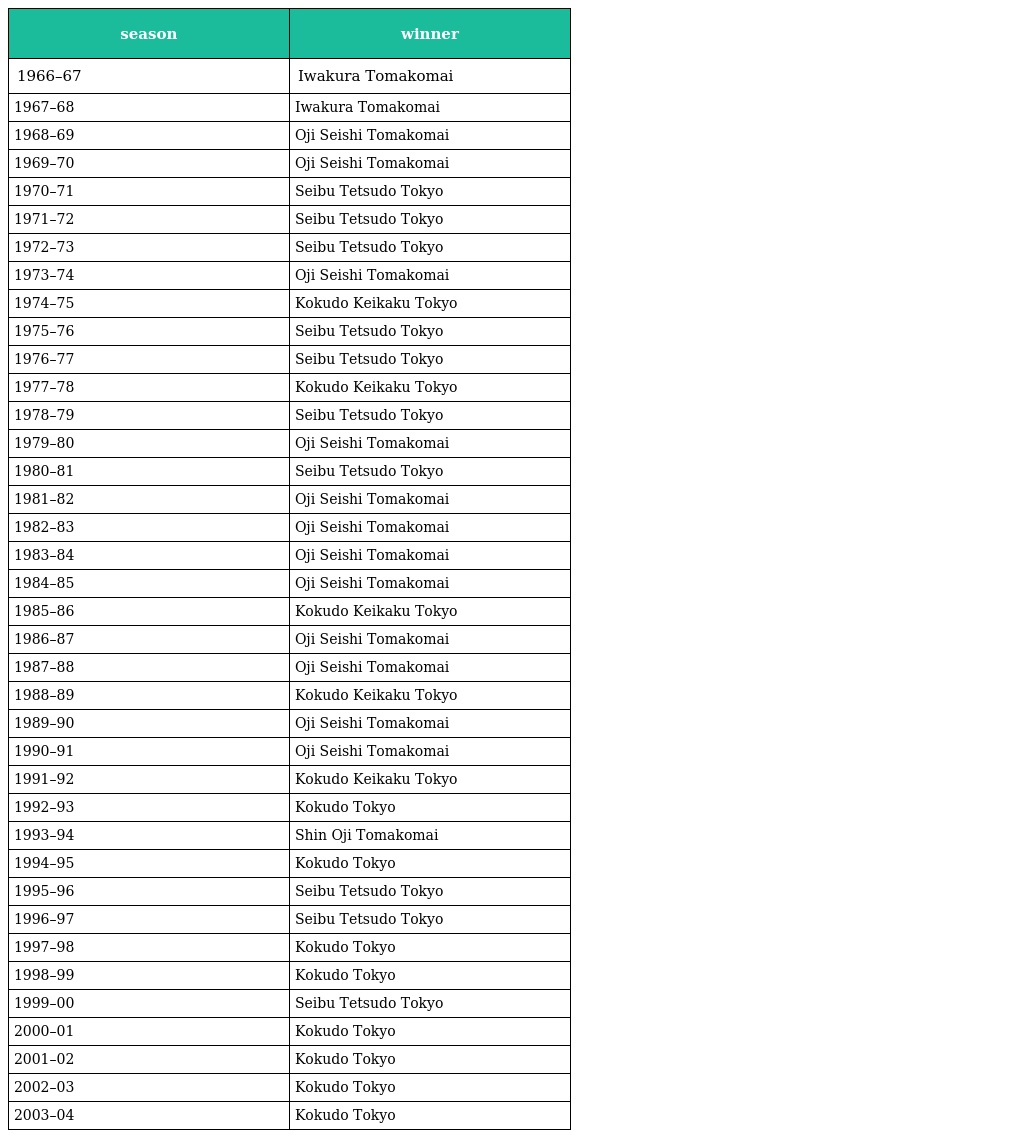
| season | winner |
 | --- | --- |
 | 1966–67 | Iwakura Tomakomai |
 | 1967–68 | Iwakura Tomakomai |
 | 1968–69 | Oji Seishi Tomakomai |
 | 1969–70 | Oji Seishi Tomakomai |
 | 1970–71 | Seibu Tetsudo Tokyo |
 | 1971–72 | Seibu Tetsudo Tokyo |
 | 1972–73 | Seibu Tetsudo Tokyo |
 | 1973–74 | Oji Seishi Tomakomai |
 | 1974–75 | Kokudo Keikaku Tokyo |
 | 1975–76 | Seibu Tetsudo Tokyo |
 | 1976–77 | Seibu Tetsudo Tokyo |
 | 1977–78 | Kokudo Keikaku Tokyo |
 | 1978–79 | Seibu Tetsudo Tokyo |
 | 1979–80 | Oji Seishi Tomakomai |
 | 1980–81 | Seibu Tetsudo Tokyo |
 | 1981–82 | Oji Seishi Tomakomai |
 | 1982–83 | Oji Seishi Tomakomai |
 | 1983–84 | Oji Seishi Tomakomai |
 | 1984–85 | Oji Seishi Tomakomai |
 | 1985–86 | Kokudo Keikaku Tokyo |
 | 1986–87 | Oji Seishi Tomakomai |
 | 1987–88 | Oji Seishi Tomakomai |
 | 1988–89 | Kokudo Keikaku Tokyo |
 | 1989–90 | Oji Seishi Tomakomai |
 | 1990–91 | Oji Seishi Tomakomai |
 | 1991–92 | Kokudo Keikaku Tokyo |
 | 1992–93 | Kokudo Tokyo |
 | 1993–94 | Shin Oji Tomakomai |
 | 1994–95 | Kokudo Tokyo |
 | 1995–96 | Seibu Tetsudo Tokyo |
 | 1996–97 | Seibu Tetsudo Tokyo |
 | 1997–98 | Kokudo Tokyo |
 | 1998–99 | Kokudo Tokyo |
 | 1999–00 | Seibu Tetsudo Tokyo |
 | 2000–01 | Kokudo Tokyo |
 | 2001–02 | Kokudo Tokyo |
 | 2002–03 | Kokudo Tokyo |
 | 2003–04 | Kokudo Tokyo |